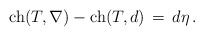
\begin{align*}\mathrm{ch}(T, \nabla) - \mathrm{ch}(T, d) \,=\, d\eta\, .\end{align*}